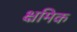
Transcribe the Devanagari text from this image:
क्ष्रमिक